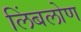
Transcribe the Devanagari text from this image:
लिंबलोण